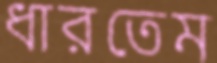
ধারতেম